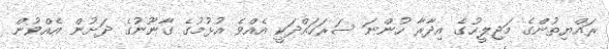
ރައްޔިތުންގެ މަޖިލީހުގެ އިދާރާ ހުންނަ ސަރަހައްދަކީ އެއްވެ އުޅުމުގެ ގާނޫނުގެ ދަށުން އެއްވުން